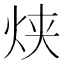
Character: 𰞋